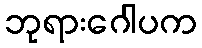
ဘုရားဂေါပက